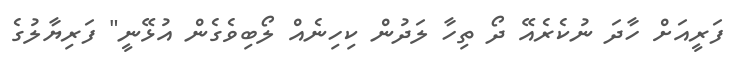
ފަރީއަށް ހާދަ ނުކެރެއޭ ދޯ ތިހާ ލަދުން ކިހިނެއް ލޯބިވެގެން އުޅޭނީ" ފަރިޔާލުގެ